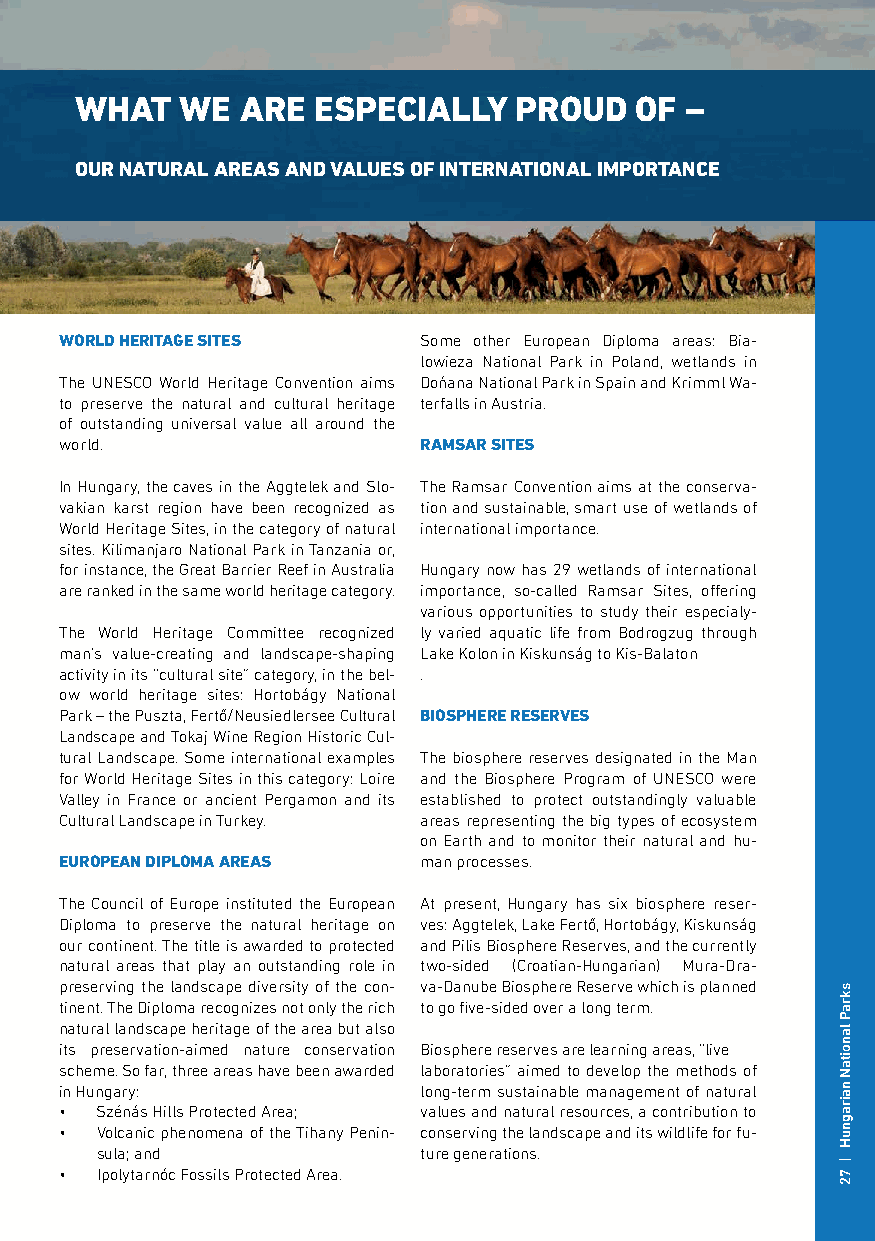
WHAT   WE  ARE  ESPECIALLY   PROUD   OF –
 OUR NATURAL AREAS AND VALUES OF INTERNATIONAL IMPORTANCE
 WORLD HERITAGE SITES    Some other European Diploma areas: Bia-
 lowieza National Park in Poland, wetlands in
 The UNESCO World Heritage Convention aims Dońana National Park in Spain and Krimml Wa-
 to preserve the natural and cultural heritage terfalls in Austria.
 of outstanding universal value all around the
 world.                  RAMSAR SITES
 In Hungary, the caves in the Aggtelek and Slo- The Ramsar Convention aims at the conserva-
 vakian karst region have been recognized as tion and sustainable, smart use of wetlands of
 World Heritage Sites, in the category of natural international importance.
 sites. Kilimanjaro National Park in Tanzania or,
 for instance, the Great Barrier Reef in Australia Hungary now has 29 wetlands of international
 are ranked in the same world heritage category. importance, so-called Ramsar Sites, offering
 various opportunities to study their especialy-
 The World Heritage Committee recognized ly varied aquatic life from Bodrogzug through
 man’s value-creating and landscape-shaping Lake Kolon in Kiskunság to Kis-Balaton
 activity in its “cultural site” category, in the bel- .
 ow world heritage sites: Hortobágy National
 Park – the Puszta, Fertő/Neusiedlersee Cultural BIOSPHERE RESERVES
 Landscape and Tokaj Wine Region Historic Cul-
 tural Landscape. Some international examples The biosphere reserves designated in the Man
 for World Heritage Sites in this category: Loire and the Biosphere Program of UNESCO were
 Valley in France or ancient Pergamon and its established to protect outstandingly valuable
 Cultural Landscape in Turkey. areas representing the big types of ecosystem
 on Earth and to monitor their natural and hu-
 EUROPEAN DIPLOMA AREAS  man processes.
 The Council of Europe instituted the European At present, Hungary has six biosphere reser-
 Diploma to preserve the natural heritage on ves: Aggtelek, Lake Fertő, Hortobágy, Kiskunság
 our continent. The title is awarded to protected and Pilis Biosphere Reserves, and the currently
 natural areas that play an outstanding role in two-sided (Croatian-Hungarian) Mura-Dra-
 preserving the landscape diversity of the con- va-Danube Biosphere Reserve which is planned
 tinent. The Diploma recognizes not only the rich to go five-sided over a long term.
 natural landscape heritage of the area but also
 its preservation-aimed nature conservation Biosphere reserves are learning areas, “live
 scheme. So far, three areas have been awarded laboratories” aimed to develop the methods of
 in Hungary:             long-term sustainable management of natural
 • Szénás Hills Protected Area; values and natural resources, a contribution to
 • Volcanic phenomena of the Tihany Penin- conserving the landscape and its wildlife for fu-
 sula; and             ture generations.
 • Ipolytarnóc Fossils Protected Area.
 skraP
 lanoitaN
 nairagnuH
 |
 72